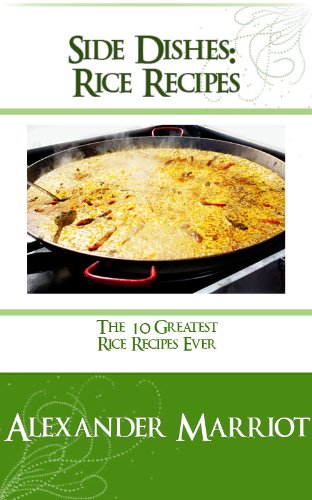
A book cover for Side Dishes: Rice Recipes - The 10 Greatest Rice Recipes Ever; Alexander Marriot; Cookbooks, Food & Wine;